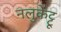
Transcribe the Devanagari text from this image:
नलुकेट्टू